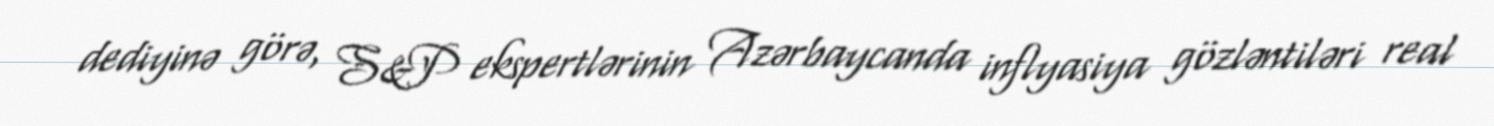
dediyinə görə, S&P ekspertlərinin Azərbaycanda inflyasiya gözləntiləri real